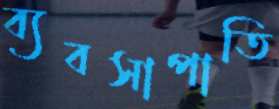
ব্যবসাপাতি